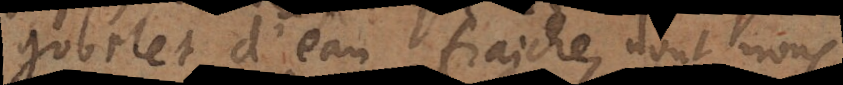
gobelet d’eau fraiche, dont nous